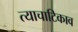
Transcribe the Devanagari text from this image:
त्याचाटिकाव